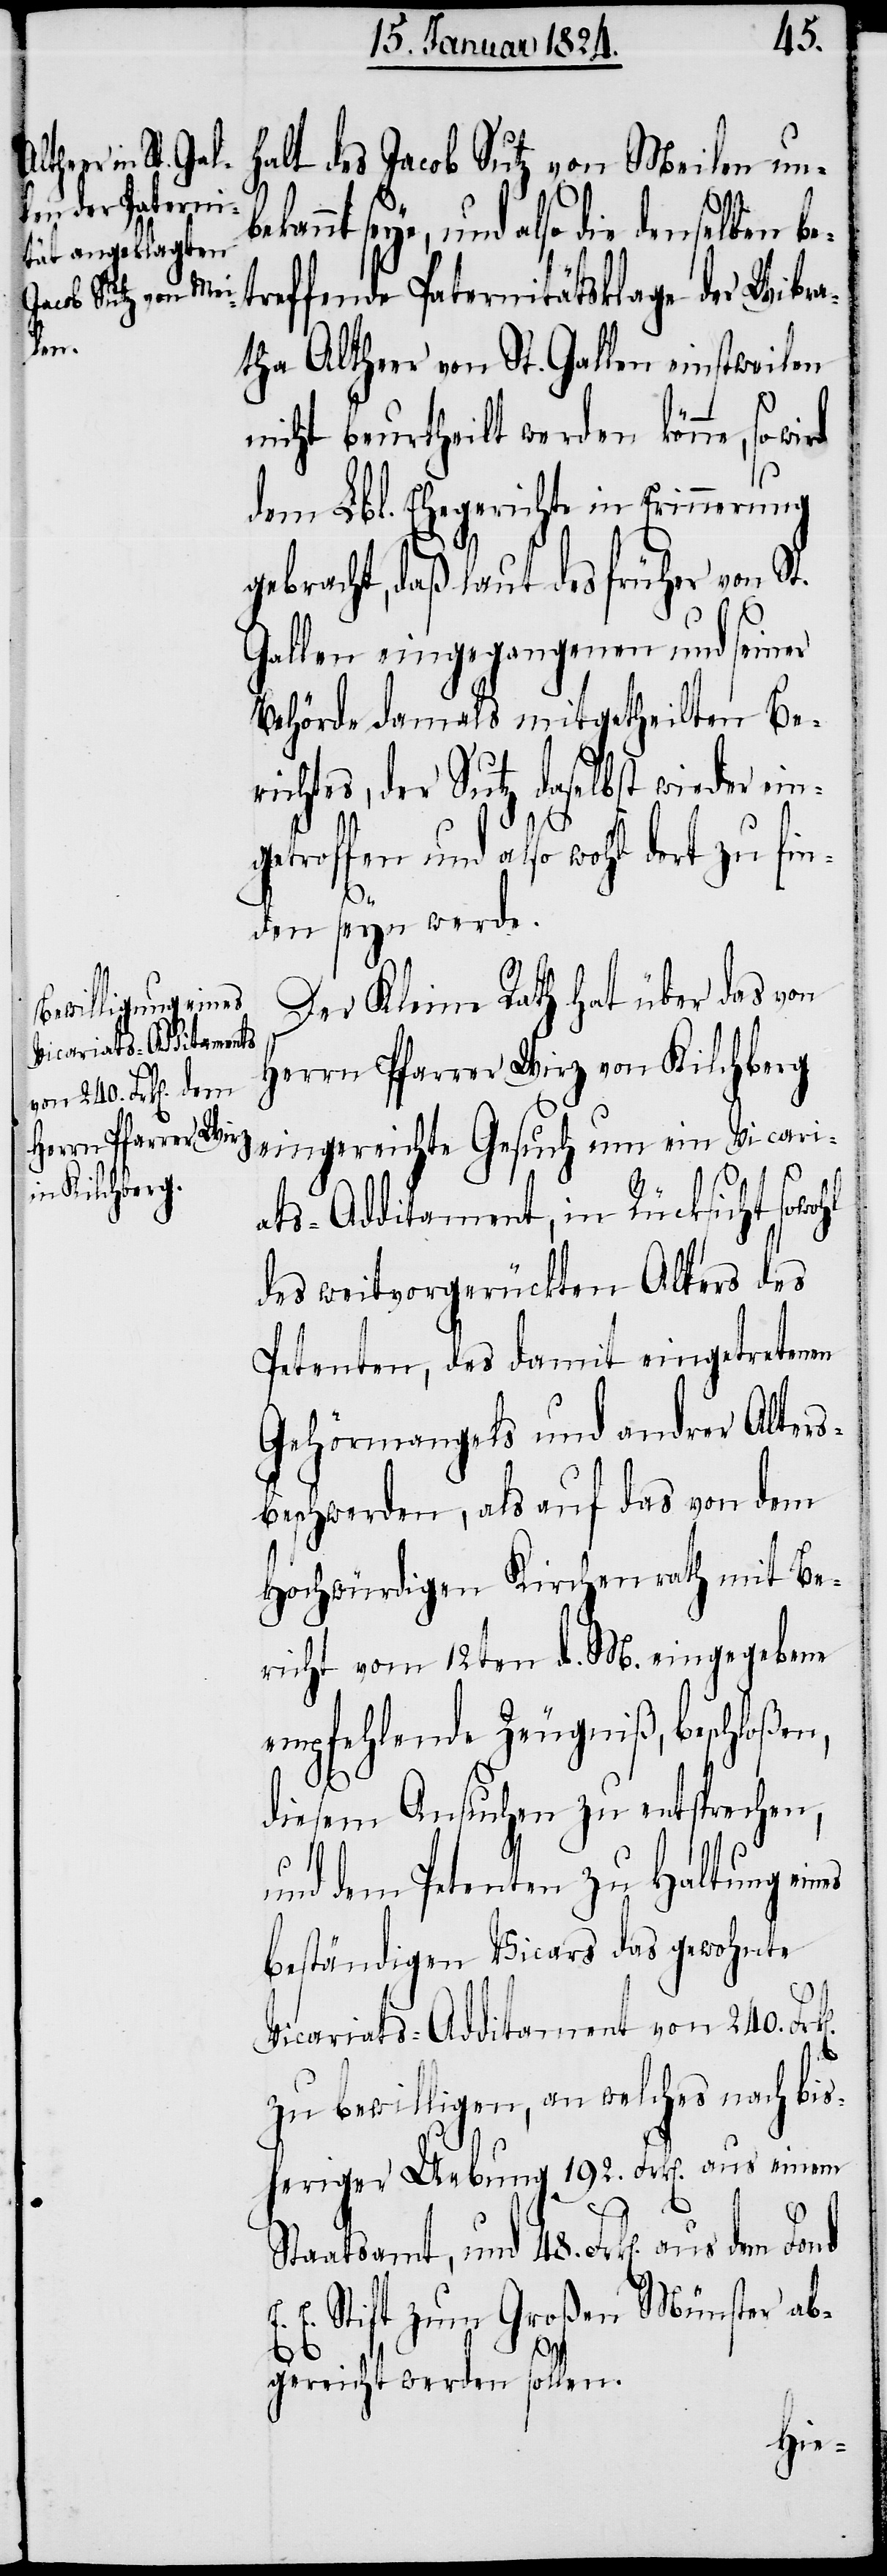
seye, und also die denselben be¬
treffende Paternitätsklage der Wibra¬
Jacob Sutz von Mei¬
dem
tha Altheer von St. Gallen einstweilen
nicht beurtheilt werden könne, so
dem Lbl. Ehegerichte in Erinnerung
des
gebracht, daß laut des früher von St.
Gallen eingegangenen und seiner
Behörde damals mitgetheilten Be¬
richtes, der Sutz daselbst wieder ein¬
getroffen und also wohl dort zu fin¬
E.
den seyn werde.
Der Kleine Rath hat über das von
Herrn Pfarrer Wirz von Kilchberg
eingereichte Gesuch um ein Vicari¬
ats-Additament, in Rücksicht sowohl
des weitvorgerückten Alters des
Petenten, des damit eingetretenen
Gehörmangels und andrer Alters¬
beschwerden, als auf das von dem
Hochwürdigen Kirchenrath mit Be¬
richt vom 12ten d. M. eingegebene
empfehlende Zeugniß, beschloßen,
diesem Ansuchen zu entsprechen,
und dem Petenten zu Haltung ein¬
beständigen Vicars das gewohnte
Vicariats-Additament von 240.
bewilligen, an welches nach b¬
isheriger Uebung 192. Frk[en]. aus einem
Staatsamt, und 48. Frk[en]. aus
E. Stift zum Großen Münster ab¬
es
gereicht werden sollen.